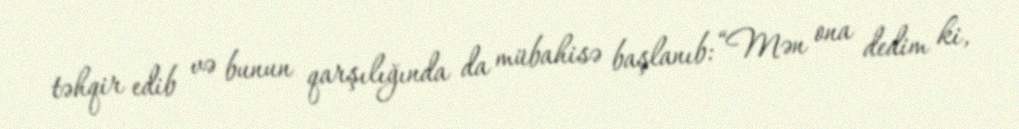
təhqir edib və bunun qarşılığında da mübahisə başlanıb: “Mən ona dedim ki,